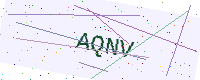
Text: AQNV